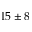
1 5 \pm 8